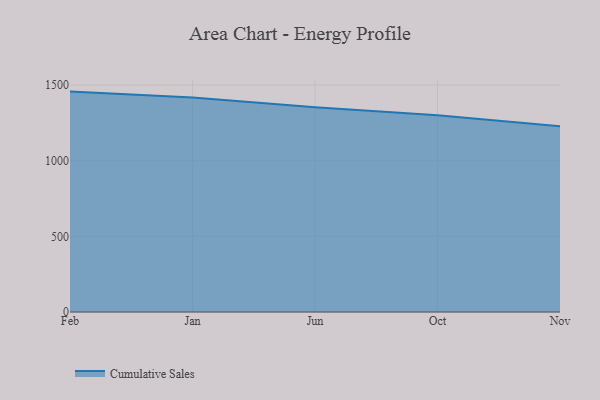
{"axis": {"x": "Month", "y": "Backlog"}, "legend": ["Cumulative Sales"], "data": [{"x": "Feb", "y": 1457.0, "type": "Cumulative Sales"}, {"x": "Jan", "y": 1417.5, "type": "Cumulative Sales"}, {"x": "Jun", "y": 1354.2, "type": "Cumulative Sales"}, {"x": "Oct", "y": 1301.0, "type": "Cumulative Sales"}, {"x": "Nov", "y": 1227.4, "type": "Cumulative Sales"}]}